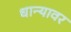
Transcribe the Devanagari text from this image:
धान्यावर